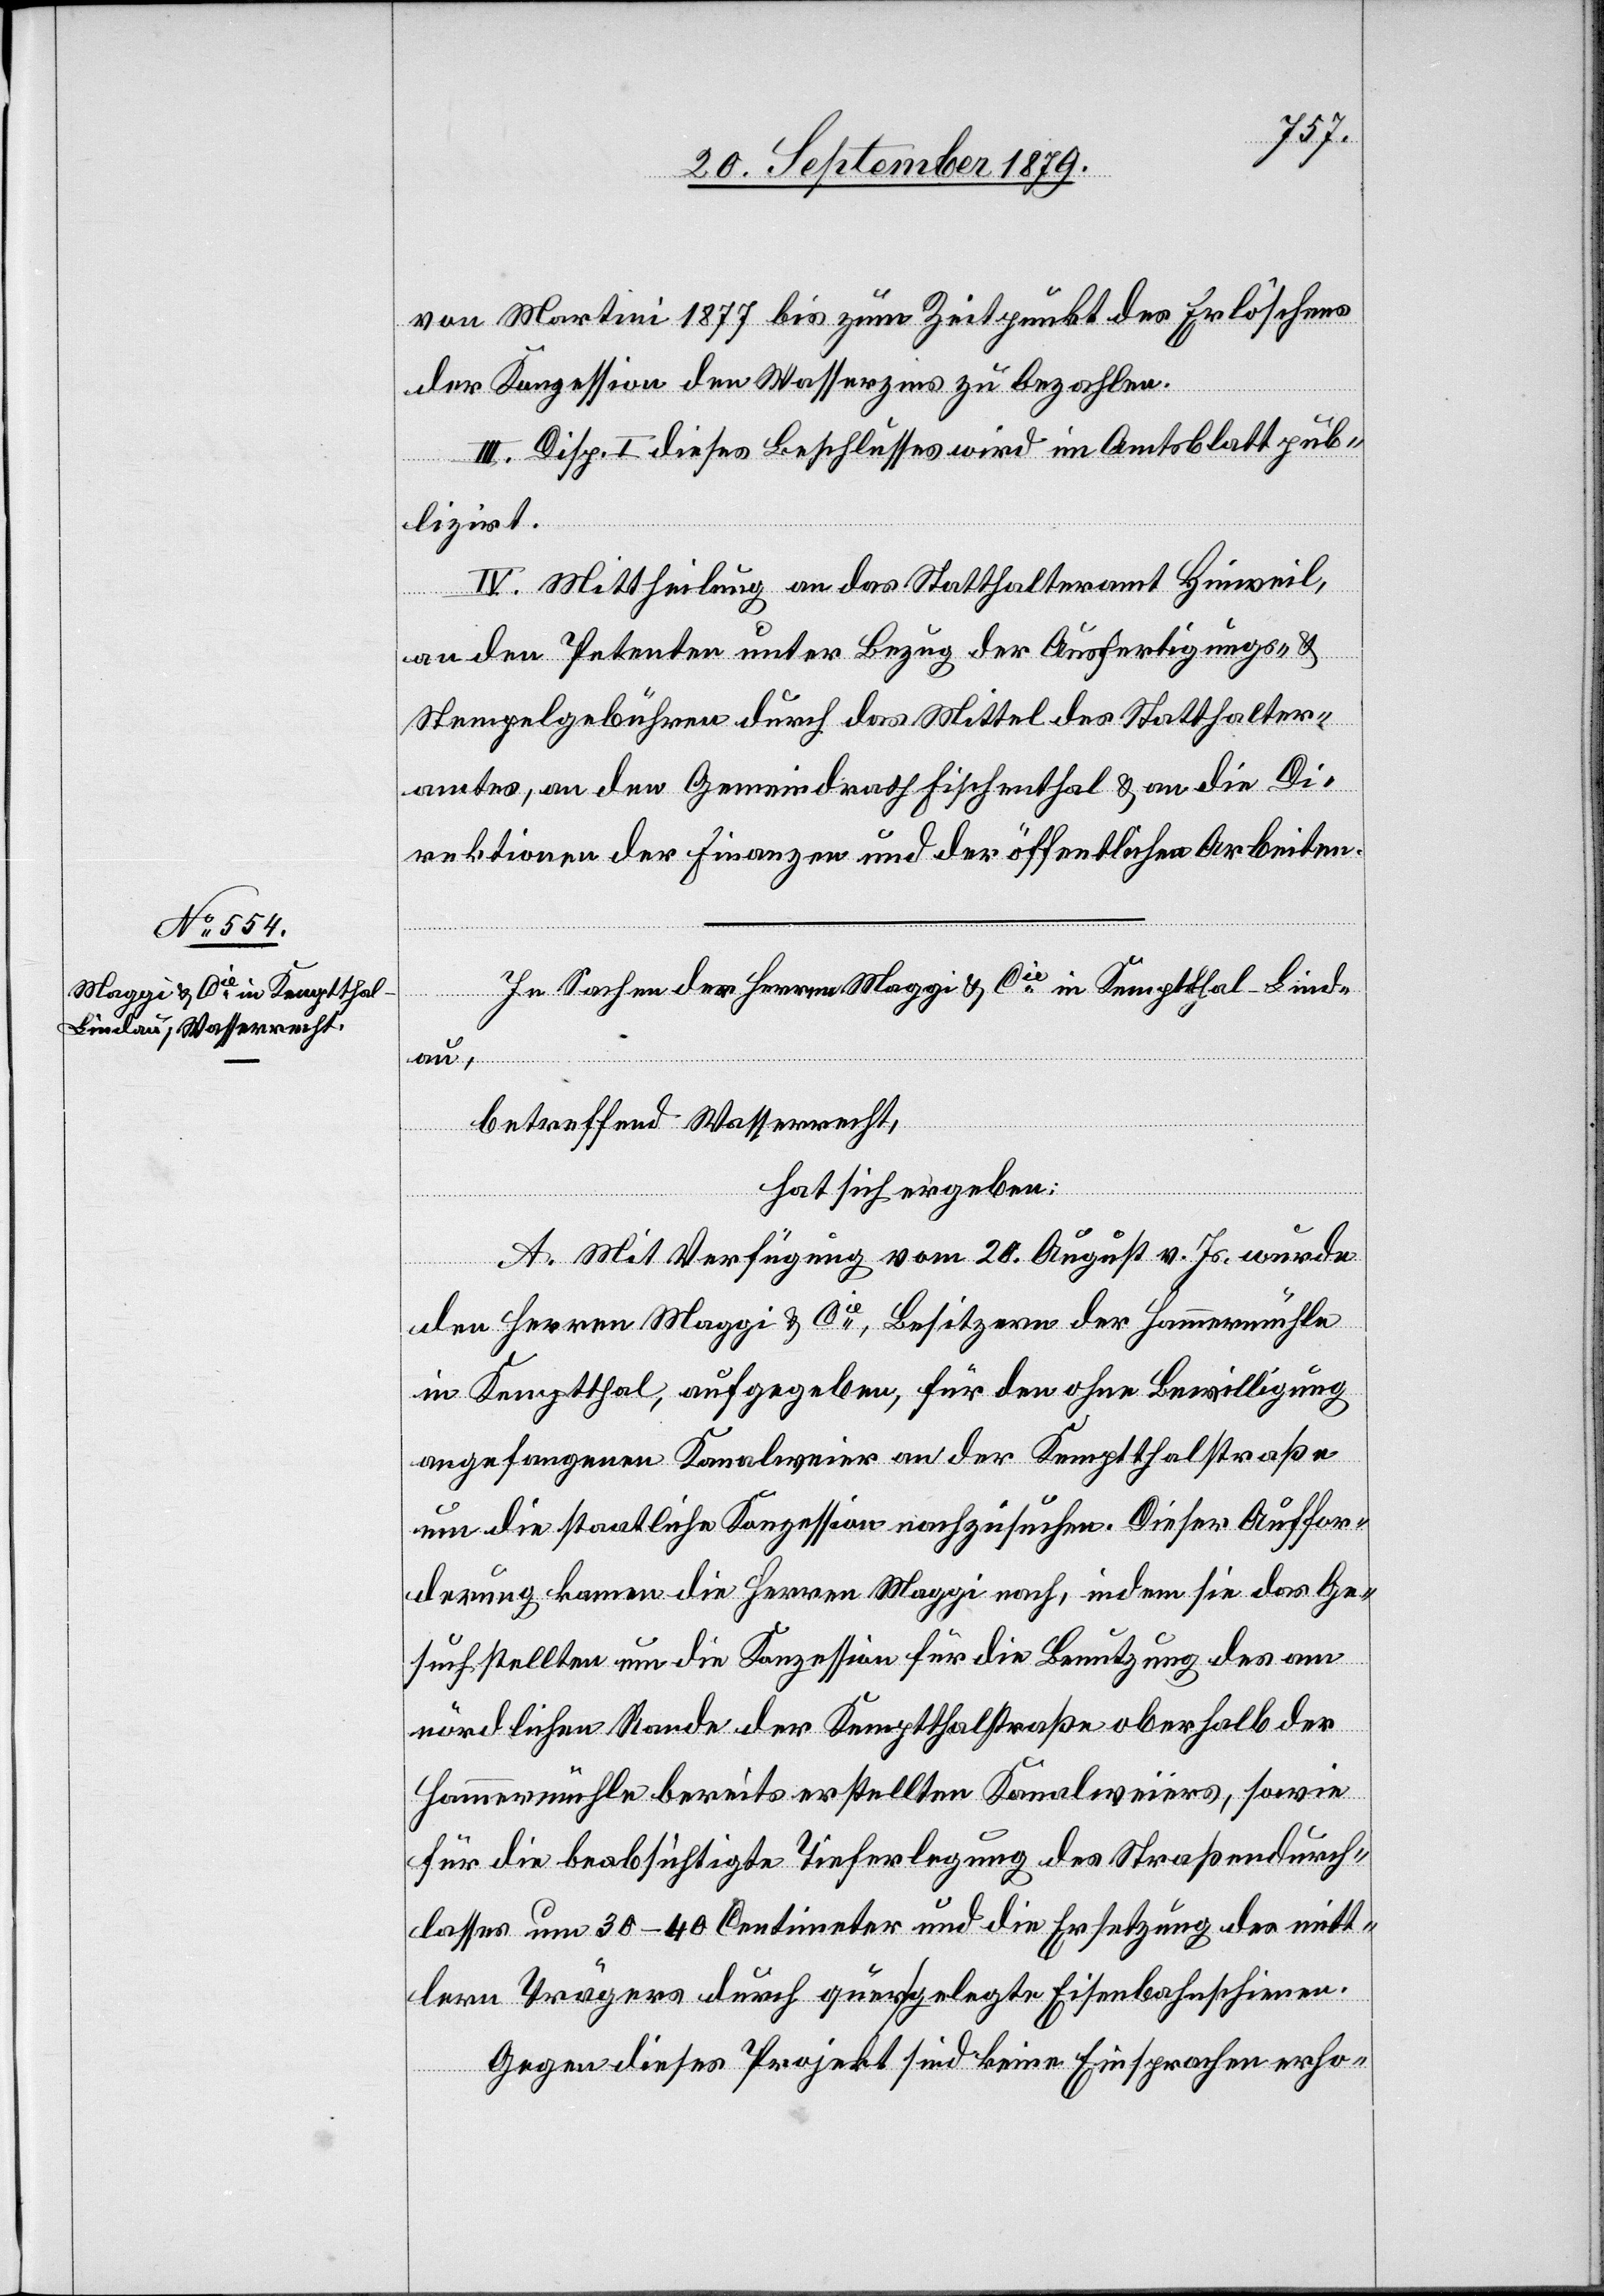
von Martini 1877 bis zum Zeitpunkt des Erlöschens
der Konzession den Wasserzins zu bezahlen.
III. Disp. I dieses Beschlusses wird im Amtsblatt pub¬
lizirt.
IV. Mittheilung an das Statthalteramt Hinweil,
an den Petenten unter Bezug der Ausfertigungs-
Stempelgebühren durch das Mittel des Statthalter¬
amtes, an den Gemeindrath Fischenthal & an die Di¬
rektionen der Finanzen und der öffentlichen Arbeiten.
In Sachen der Herren Maggi & Cie in Kemptthal - Lind¬
au,
betreffend Wasserrecht,
hat sich ergeben:
und
A. Mit Verfügung vom 20. August v. Js. wurde
den Herren Maggi & Cie, Besitzern der Hammermühle
in Kemptthal, aufgegeben, für den ohne Bewilligung
angefangenen Kanalweier an der Kemptthalstraße
um die staatliche Konzession nachzusuchen. Dieser Auffor¬
derung kamen die Herren Maggi nach, indem sie das Ge¬
such stellten um die Konzession für die Benutzung des am
nördlichen Rande der Kemptthalstraße oberhalb der
Hammermühle bereits erstellten Kanalweiers, sowie
für die beabsichtigte Tieferlegung des Straßendurch¬
lasses um 30–40 Centimeter und die Ersetzung des mitt¬
lern Trägers durch quer gelegte Eisenbahnschienen.
Gegen dieses Projekt sind keine Einsprachen erho-